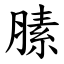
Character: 膆